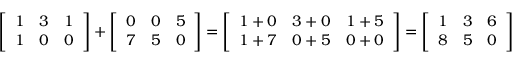
{ \left[ \begin{array} { l l l } { 1 } & { 3 } & { 1 } \\ { 1 } & { 0 } & { 0 } \end{array} \right] } + { \left[ \begin{array} { l l l } { 0 } & { 0 } & { 5 } \\ { 7 } & { 5 } & { 0 } \end{array} \right] } = { \left[ \begin{array} { l l l } { 1 + 0 } & { 3 + 0 } & { 1 + 5 } \\ { 1 + 7 } & { 0 + 5 } & { 0 + 0 } \end{array} \right] } = { \left[ \begin{array} { l l l } { 1 } & { 3 } & { 6 } \\ { 8 } & { 5 } & { 0 } \end{array} \right] }